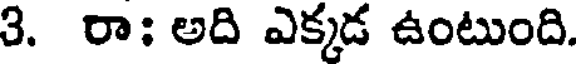
3. రా: అది ఎక్కడ ఉంటుంది.